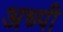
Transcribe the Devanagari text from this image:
अच्पी